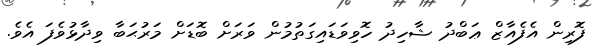
ފޮރިން އެފެއާޒް ޢަބްދު ޝާހިދު ހޮވިވަޑައިގަތުމުން ވަރަށް ބޮޑަށް މަރުޙަބާ ވިދާޅުވެފަ އެވެ.